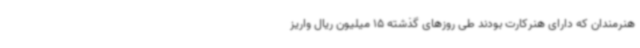
هنرمندان که دارای هنرکارت بودند طی روزهای گذشته 15 میلیون ریال واریز